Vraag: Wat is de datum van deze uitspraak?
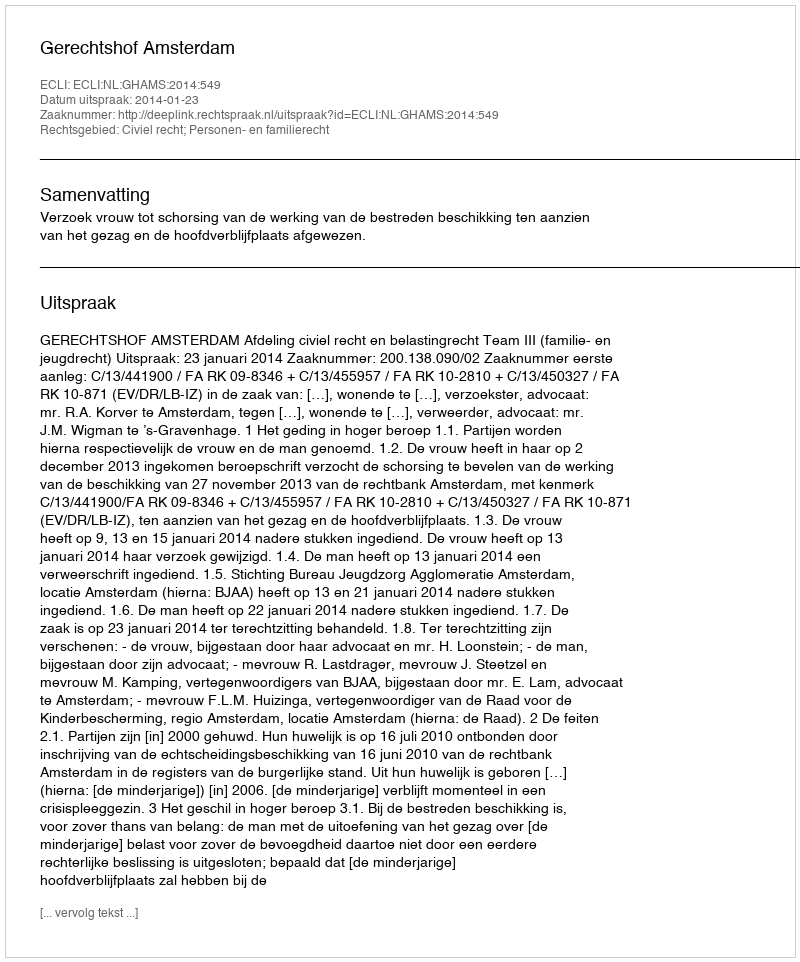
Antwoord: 2014-01-23